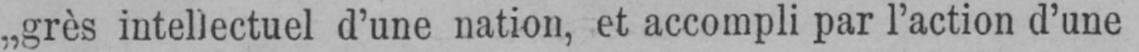
„grès intellectuel d’une nation, et accompli par l’action d’une